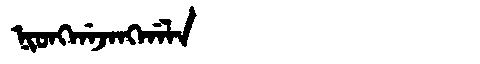
Manchu: ᠨᡳᠣᠩᡤᠠᠵᠠᠩᡤᠠᠯᠠ
Romanization: NIONGGAJANGGALA